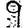
Digit: 9